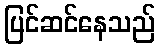
ပြင်ဆင်နေသည်